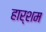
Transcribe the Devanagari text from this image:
हार्शम